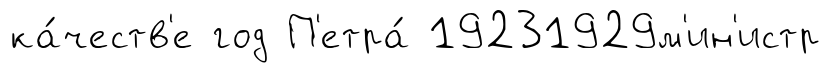
ка́честв'е год П'етра́ 19231929м'ин'истр